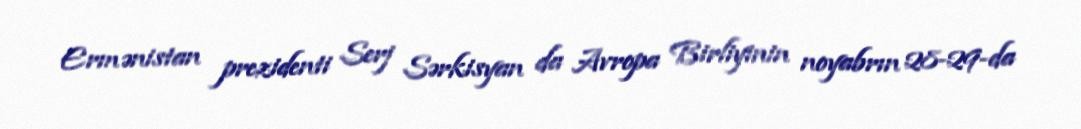
Ermənistan prezidenti Serj Sərkisyan da Avropa Birliyinin noyabrın 28-29-da